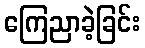
ကြေညာခဲ့ခြင်း